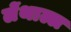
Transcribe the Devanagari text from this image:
लेंथाल्ल